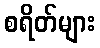
စရိတ်များ